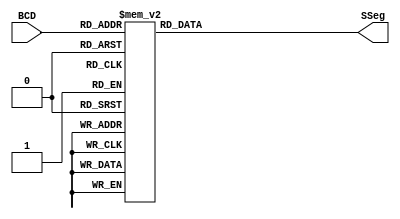
`timescale 1ns / 1ps
//////////////////////////////////////////////////////////////////////////////////
// Company: 
// Engineer: 
// 
// Design Name: 
// Module Name: BCDtoSSeg
// Project Name: 
// Target Devices: 
// Tool Versions: 
// Description: 
// 
// Dependencies: 
// 
// Revision:
// Revision 0.01 - File Created
// Additional Comments:
// 
//////////////////////////////////////////////////////////////////////////////////


module BCDtoSSeg (BCD, SSeg);

  input [3:0] BCD;
  output reg [6:0] SSeg;



always @ ( * ) begin
  case (BCD)
    4'b0000: SSeg = 7'b1000000; // "0"  
	4'b0001: SSeg = 7'b1111001; // "1" 
	4'b0010: SSeg = 7'b0100100; // "2" 
	4'b0011: SSeg = 7'b0110000; // "3" 
	4'b0100: SSeg = 7'b0011001; // "4" 
	4'b0101: SSeg = 7'b0010010; // "5" 
	4'b0110: SSeg = 7'b0000010; // "6" 
	4'b0111: SSeg = 7'b1111000; // "7" 
	4'b1000: SSeg = 7'b0000000; // "8"  
	4'b1001: SSeg = 7'b0011000; // "9" 
    4'ha: SSeg = 7'b0001000;    //"A"
    4'hb: SSeg = 7'b0000011;
    4'hc: SSeg = 7'b0100111;
    4'hd: SSeg = 7'b0100001;
    4'he: SSeg = 7'b0000100;
    4'hf: SSeg = 7'b0001110;
    default:
    SSeg = 0;
    endcase
end

endmodule